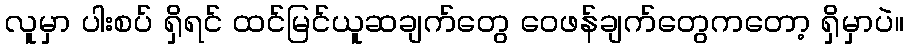
လူမှာ ပါးစပ် ရှိရင် ထင်မြင်ယူဆချက်တွေ ဝေဖန်ချက်တွေကတော့ ရှိမှာပဲ။